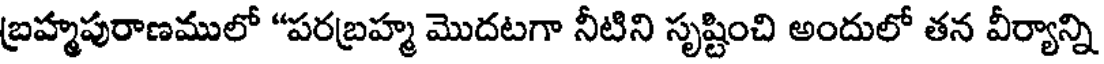
బ్రహ్మపురాణములో "పరబ్రహ్మ మొదటగా నీటిని సృష్టించి అందులో తన వీర్యాన్ని